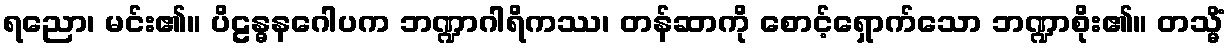
ရညော၊ မင်း၏။ ပိဠန္ဓနဂေါပက ဘဏ္ဍာဂါရိကဿ၊ တန်ဆာကို စောင့်ရှောက်သော ဘဏ္ဍာစိုး၏။ တသ္မိံ